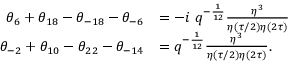
\begin{array} { r l } { { \theta _ { 6 } + \theta _ { 1 8 } - \theta _ { - 1 8 } - \theta _ { - 6 } } } & { { = - i ~ q ^ { - { \frac { 1 } { 1 2 } } } { \frac { \eta ^ { 3 } } { \eta ( \tau / 2 ) \eta ( 2 \tau ) } } } } \\ { { \theta _ { - 2 } + \theta _ { 1 0 } - \theta _ { 2 2 } - \theta _ { - 1 4 } } } & { { = q ^ { - { \frac { 1 } { 1 2 } } } { \frac { \eta ^ { 3 } } { \eta ( \tau / 2 ) \eta ( 2 \tau ) } } . } } \end{array}